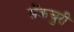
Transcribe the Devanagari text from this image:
सेंकचुरी